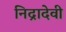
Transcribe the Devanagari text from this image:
निद्रादेवी